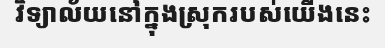
វិទ្យាល័យនៅក្នុងស្រុករបស់យើងនេះ